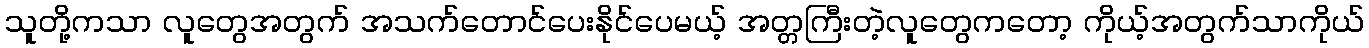
သူတို့ကသာ လူတွေအတွက် အသက်တောင်ပေးနိုင်ပေမယ့် အတ္တကြီးတဲ့လူတွေကတော့ ကိုယ့်အတွက်သာကိုယ်